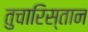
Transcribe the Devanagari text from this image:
तुचारिस्तान